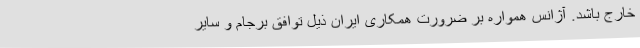
خارج باشد. آژانس همواره بر ضرورت همکاری ایران ذیل توافق برجام و سایر